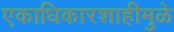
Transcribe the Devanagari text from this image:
एकाधिकारशाहीमुळे